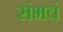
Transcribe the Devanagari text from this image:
संभवं